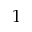
1